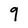
Character: 9